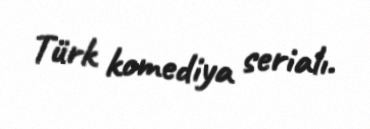
Türk komediya serialı.